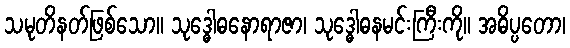
သမုတိနတ်ဖြစ်သော။ သုဒ္ဓေါဓနောရာဇာ၊ သုဒ္ဓေါဓနမင်းကြီးကို။ အဓိပ္ပတော၊